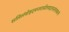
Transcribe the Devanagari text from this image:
सलिलंवोइदमन्तरासीतयदतरस्तंताकानां